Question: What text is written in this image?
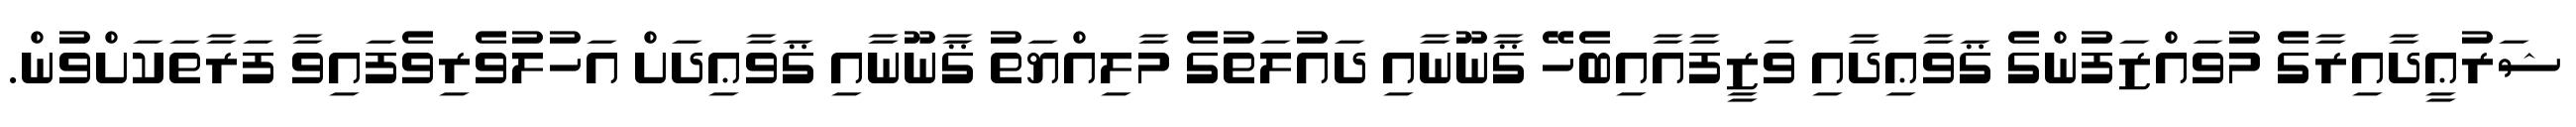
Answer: ޝަރުޢީދާއިރާގެ މުވައްޒަފުންގެ ޤަވާޢިދާއި ވަޒީފާއާއިބެހޭ ޤާނޫނާއި ދައުލަތުގެ މާލިއްޔަތު ޤާނޫނާއި ޤަވާޢިދަށް އަހުލުވެރިވެފައިވާ ފަރާތަކަށްވުން.